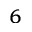
^ 6